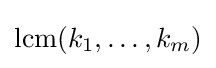
\operatorname {lcm} (k_{1},\ldots ,k_{m})